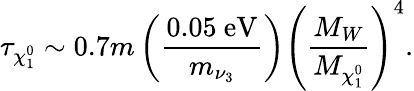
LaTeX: \tau_{\chi_{1}^{0}}\sim 0.7m\left(\frac{0.05~\mathrm{eV}}{m_{\nu_{3}}}\right)\left(\frac{M_{W}}{M_{\chi_{1}^{0}}}\right)^{4}.